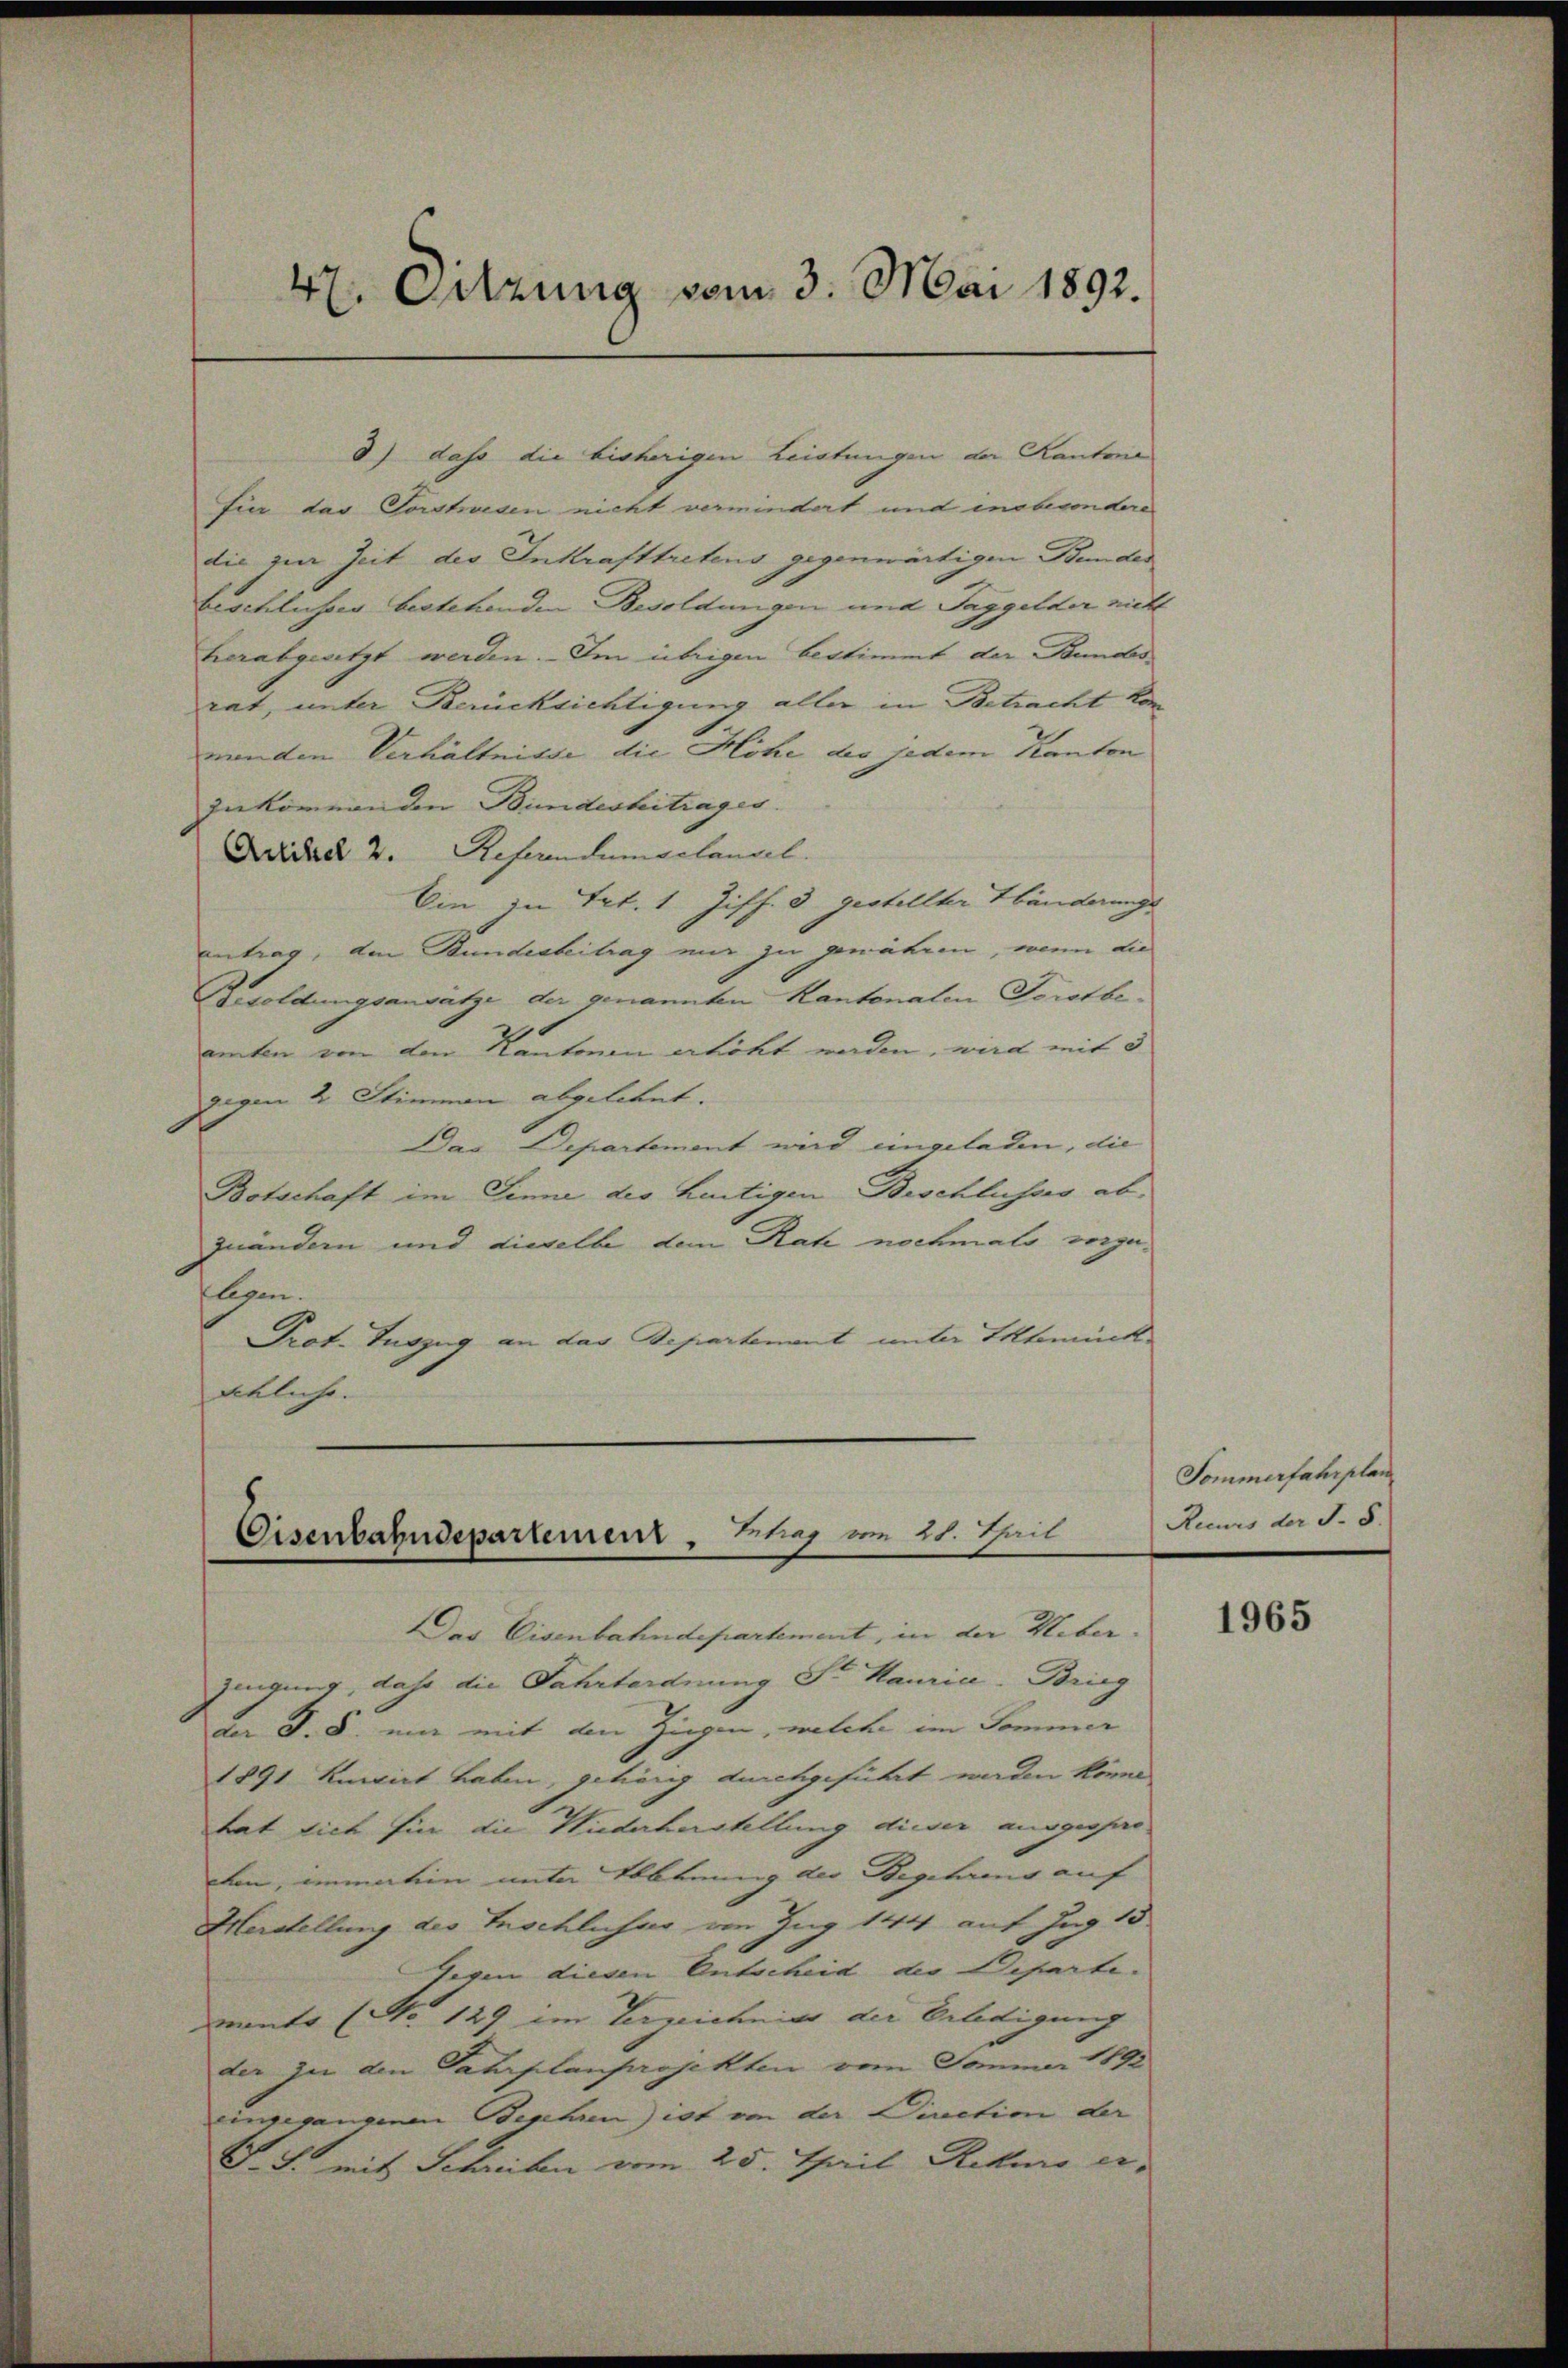
47. Octzung vom 3. Mai 1892.

d) dass die bisherigen Leistungen der Kantone
für das Vorstusen nicht vermindert und insbesondere
die zur Zeit des Inkrafttretens gegenwärtigen Bundes
beschlusser bestehenden Besoldungen und Taggelder nicht
herabgesetzt werden. Im übrigen bestimmt der Bundes
rat, unter Berücksichtigung aller in Betracht kon
menden Verhältnisse die Höhe des jedem Kanton
zukommenden Bundesbeitrages.
Addad 2. Referendum gelangel.
Ein zu Trt. 1 Ziff. 3 gestellter Händerungs
antrag, den Bundesbeitrag mir zu genähren, wenn die
Besoldungsansatze der genannten Kantonalen Forstbeamten von dem Kantonen erhöht worden, wird mit 5
gegen 2 Stimmen abgelehnt.
Das Departement wird eingeladen, die
Botschaft im Sinne des heutigen Beschlusses abzuändern und dieselbe dem Rat nochmals vorgeflegen.
Prot. Tuszug an das Departement unter Elteminck
übliche.

Eisenbahndepartement, Phrag vom 21. Thail

Das Eisenbahndepartement, in der Ueber
zeugung, dass die Fahrtordnung Sr Mauria-Brieg
der §. 8. um mit den Ziegen, welche im Sommer
1891 kurirt haben, gehörig durchgeführt werden könne
tat sich für die Niederherstellung dieser ausgesprocten, immation unter Nebenung der Begehrens auf
Herstellung des Inschluss von Zug 144 auf Zug 13
Gegen diesen Entscheid der Departe.
mante (No 129 im Verzeichniss der Erledigung
der zu den Fahrplanprojekten vom Jammer 1892
eingegangenen Begehren) ist von der Direction der
S. J. mit Schreiben vom 25. Thail Rahme er¬

Sommerfahrplan
Recurs der S. 8.

1965